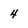
Character: 4